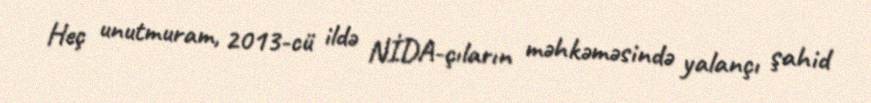
Heç unutmuram, 2013-cü ildə NİDA-çıların məhkəməsində yalançı şahid